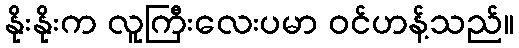
နိုးနိုးက လူကြီးလေးပမာ ဝင်ဟန့်သည်။